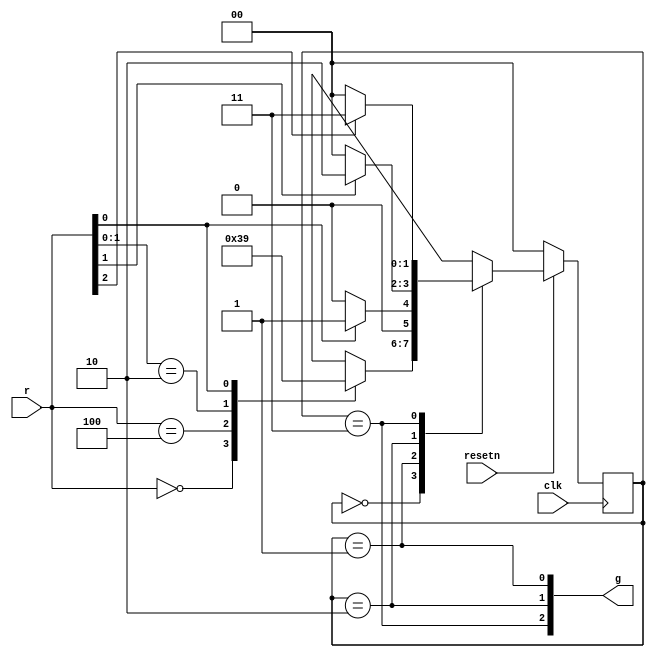
module top_module (
    input clk,
    input resetn,    // active-low synchronous reset
    input [3:1] r,   // request
    output [3:1] g   // grant
); 

    parameter A=3'd0, B=3'd1, C=3'd2, D=3'd3;
    reg [1:0] state, next_state;

    // State transition logic (combinational)
	always @(*) begin
        case (state)
            A: begin
                casez(r) //casez!
                    3'b000: next_state = A;
                    3'b100: next_state = D;
                    3'bz10: next_state = C;
                    3'bzz1: next_state = B;
                    default: next_state = A;
                endcase
            end
            
            B: next_state = r[1] ? B:A;
            C: next_state = r[2] ? C:A;
            D: next_state = r[3] ? D:A;
            
            default: next_state = A;
        endcase
    end
    
    // State flip-flops (sequential)
    always @(posedge clk) begin
        state <= (resetn) ? next_state:A;
    end
    
    // Output logic
    assign g = {
        (state==D),
        (state==C),
        (state==B)
    };
    
endmodule